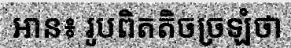
អាន៖ រូបពិតតិចច្រឡំថា